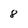
Character: 8